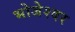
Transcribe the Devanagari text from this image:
भोजेश्‍वर